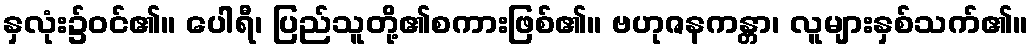
နှလုံး၌ဝင်၏။ ပေါရီ၊ ပြည်သူတို့၏စကားဖြစ်၏။ ဗဟုဇနကန္တာ၊ လူများနှစ်သက်၏။